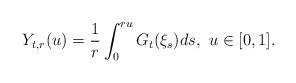
LaTeX: \begin{align*} Y_{t,r}(u)=\frac 1r\int_0^{ru}G_t(\xi_s)ds,\,\, u\in[0,1]. \end{align*}